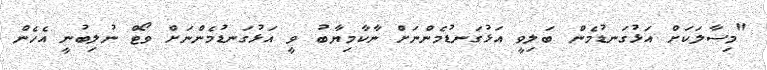
"މިސާލަކަށް އަޅުގަނޑުމެން ބަލިވީ އަޅުގަނޑުމެންނަށް ނާކާމިޔާބު ވީ އަޅުގަނޑުމެންނަށް ވޯޓް ނުލިބުނީ އެހެން